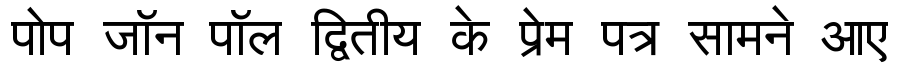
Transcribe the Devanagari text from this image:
पोप जॉन पॉल द्वितीय के प्रेम पत्र सामने आए